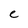
Character: e